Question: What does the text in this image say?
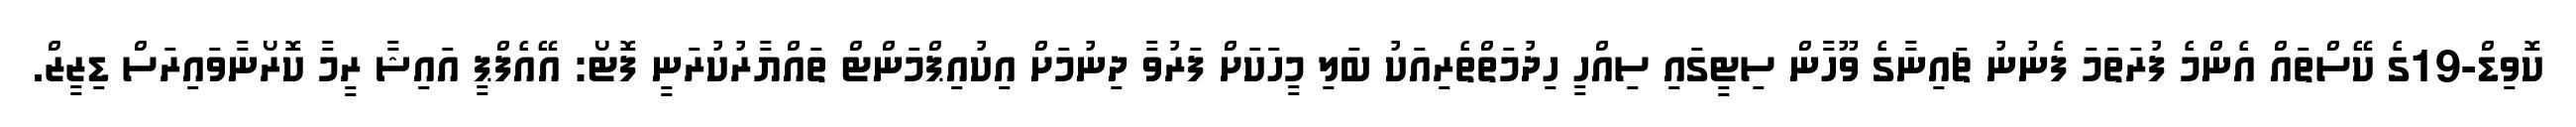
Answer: ކޮވިޑް-19ގެ ކޭސްތައް އެންމެ ފުރަތަމަ ފެނުނު ޗައިނާގެ ވޫހާން ސިޓީގައި ސިއްހީ ހިދުމަތްތެރިއަކު ބަލި މީހަކަށް ފަރުވާ ދިނުމަށް އިކުއިޕްމަންޓް ތައްޔާރުކުރަނީ ފޮޓޯ: އޭއެފްޕީ އައިޝާ ރީމާ ކޮރޯނާވައިރަސް ޑިޒީޒް.